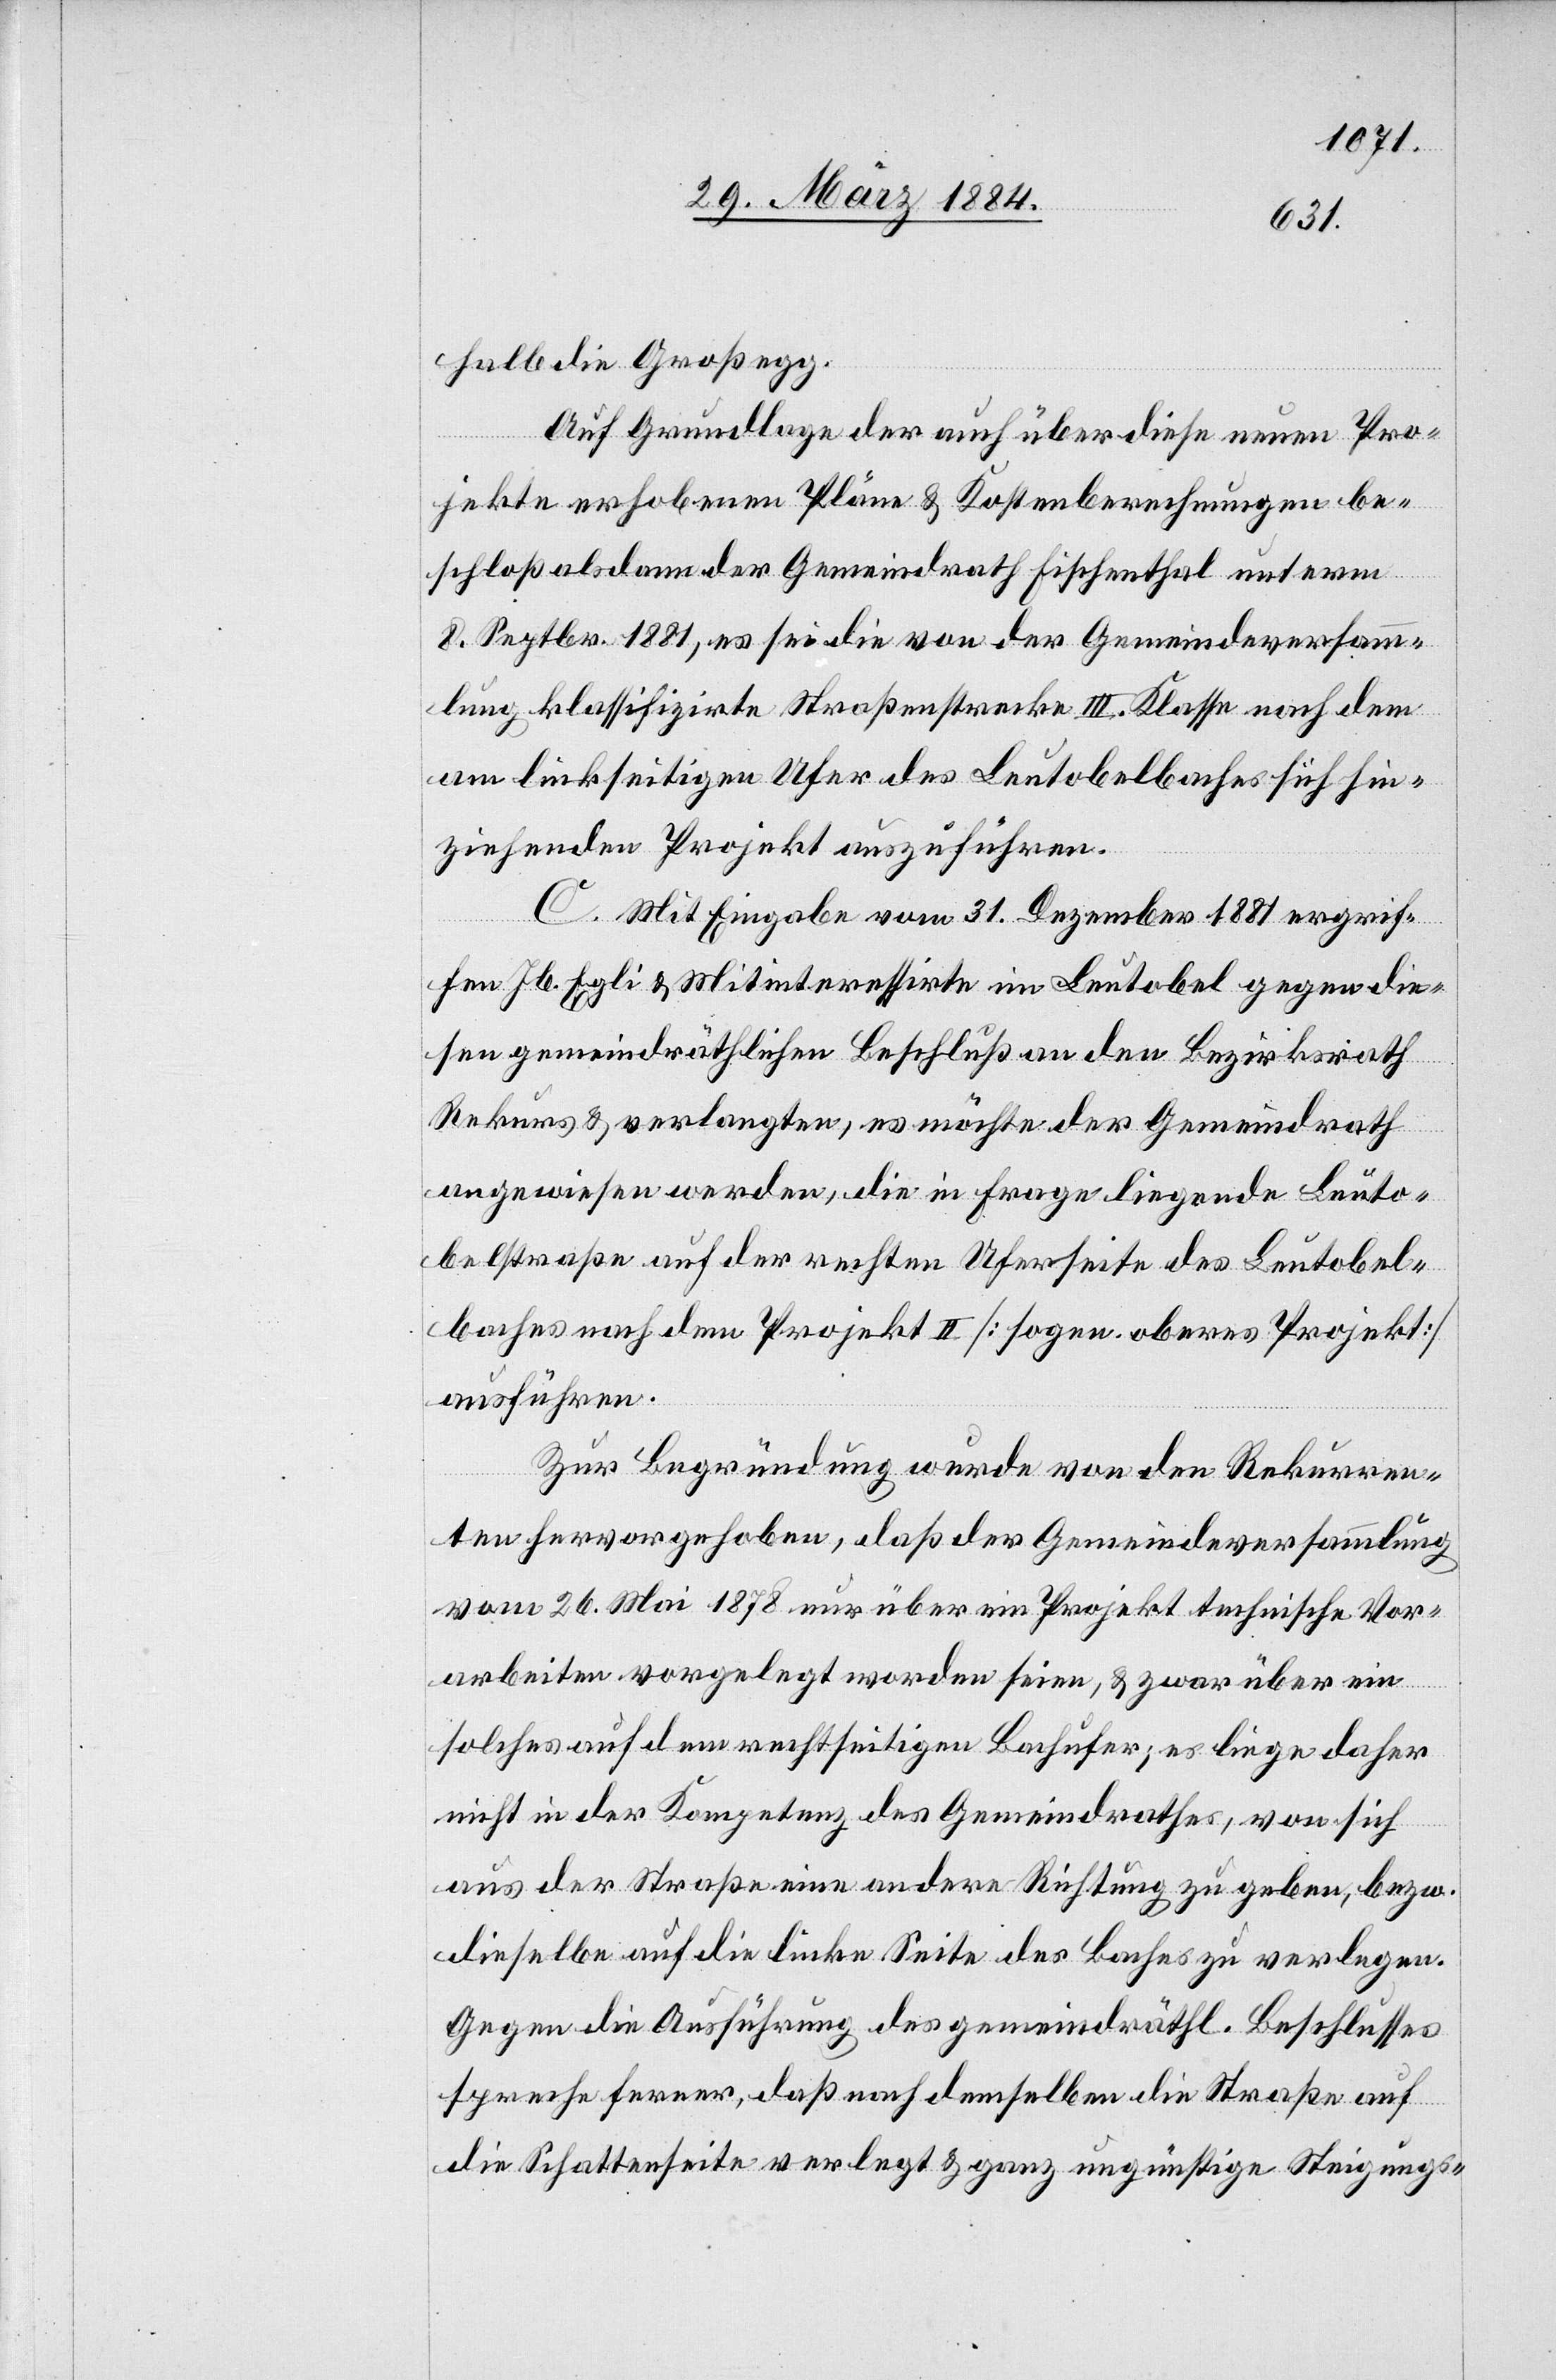
halb die Großegg.
Auf Grundlage der auch über diese neuen Pro¬
jekte erhobenen Pläne & Kostenberechnungen be¬
schloß alsdann der Gemeindrath Fischenthal unterm
8. Septbr. 1881, es sei die von der Gemeindeversamm¬
lung klassifizirte Straßenstrecke III. Klasse nach dem
am linksseitigen Ufer des Leutobelbaches sich hin¬
ziehenden Projekt auszuführen.
C. Mit Eingabe vom 31. Dezember 1881 ergrif¬
fen Jb. Egli & Mitinteressirte im Leutobel gegen die¬
sen gemeindräthlichen Beschluß an den Bezirksrath
Rekurs & verlangten, es möchte der Gemeindrath
angewiesen werden, die in Frage liegende Leuto¬
belstraße auf der rechten Uferseite des Leutobel¬
baches nach dem Projekt II [sogen. oberes Projekt]
auszuführen.
Zur Begründung wurde von den Rekurren¬
ten hervorgehoben, daß der Gemeindeversammlung
vom 26. Mai 1878 nur über ein Projekt technische Vor¬
arbeiten vorgelegt worden seien, & zwar über ein
solches auf dem rechtseitigen Bachufer; es liege daher
nicht in der Kompetenz des Gemeindrathes, von sich
aus der Straße eine andere Richtung zu geben, bzw.
dieselbe auf die linke Seite des Baches zu verlegen.
Gegen die Ausführung des gemeinräthl. Beschlusses
spreche ferner, daß nach demselben die Straße auf
die Schattenseite verlegt & ganz ungünstige Steigungs-